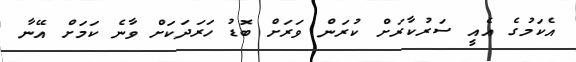
އެކަމުގެ އެއީ ސަރުކާރަށް ކުރަން ވަރަށް ބޮޑު ހަރަދަކަށް ވާނެ ކަމަށް އޭނާ